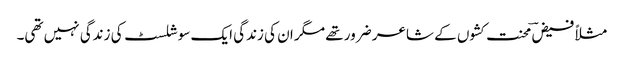
مثلاً فیضؔ محنت کشوں کے شاعر ضرور تھے مگر ان کی زندگی ایک سوشلسٹ کی زندگی نہیں تھی۔